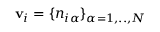
\mathbf { v } _ { i } = \{ n _ { i \alpha } \} _ { \alpha = 1 , . . , N }